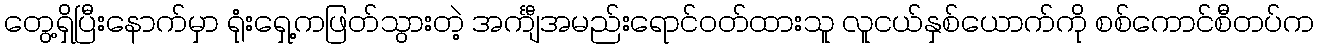
တွေ့ရှိပြီးနောက်မှာ ရုံးရှေ့ကဖြတ်သွားတဲ့ အင်္ကျီအမည်းရောင်ဝတ်ထားသူ လူငယ်နှစ်ယောက်ကို စစ်ကောင်စီတပ်က